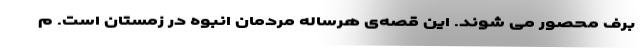
برف محصور می شوند. این قصه‌ی هرساله مردمان انبوه در زمستان است. م